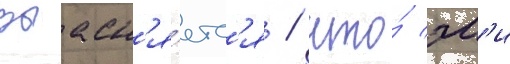
Выасн'я́етс'я / что́ эм'и